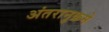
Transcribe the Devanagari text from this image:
अंतरानुक्रमे